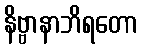
နိဗ္ဗာနာဘိရတော